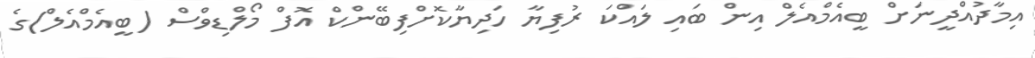
އިމާދުއްދީނަށް ބީއެމްއެލް އިން ބައި ލައްކަ ރުފިޔާ ހަދިޔާކޮށްފިބޭންކް އޮފް މޯލްޑިވްސް (ބީއެމްއެލް)ގެ